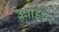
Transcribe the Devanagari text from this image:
क्वाड्रेचर